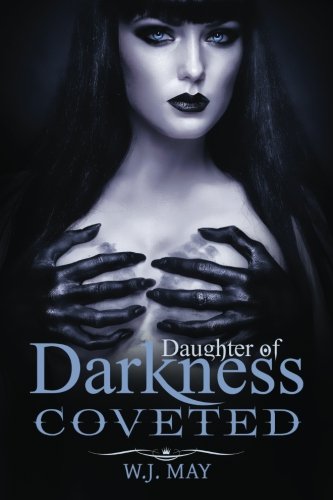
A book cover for Coveted: A Vampire Paranormal Romance (Daughter of Darkness: Victoria's Journey) (Volume 3); W.J. May; Science Fiction & Fantasy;